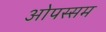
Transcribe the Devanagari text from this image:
ओपस्सम